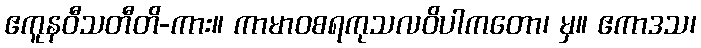
ဧကူနဝီသတီတိ-ကား။ ကာမာဝစရကုသလဝိပါကတော၊ မှ။ ဧကာဒသ၊